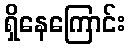
ရှိနေကြောင်း